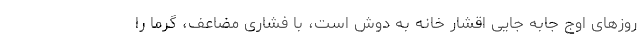
روزهای اوج جابه جایی اقشار خانه به دوش است، با فشاری مضاعف، گرما را